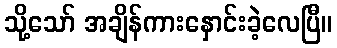
သို့သော် အချိန်ကားနှောင်းခဲ့လေပြီ။